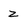
Character: 2